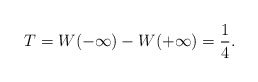
\begin{align*}T = W(-\infty) - W(+\infty) = {1 \over 4}.\end{align*}